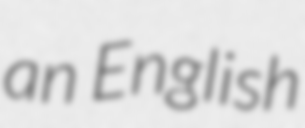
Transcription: an English